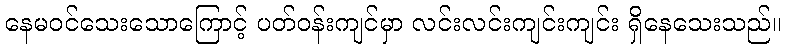
နေမဝင်သေးသောကြောင့် ပတ်ဝန်းကျင်မှာ လင်းလင်းကျင်းကျင်း ရှိနေသေးသည်။